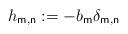
LaTeX: \begin{align*}h_{\mathsf{m,n}}:=-b_{\mathsf{m}}\delta _{\mathsf{m,n}}\end{align*}